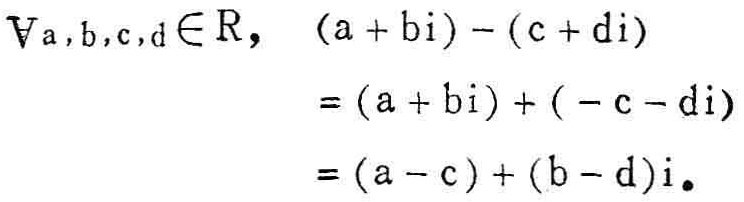
\(\forall a,b,c,d\in \mathbb{R}, \ (a + bi) - (c + di)\)
\(=(a + bi) + (-c - di)\)
\(=(a - c)+(b - d)i.\)